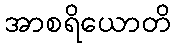
အာစရိယောတိ